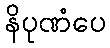
နိပုဏံပေ